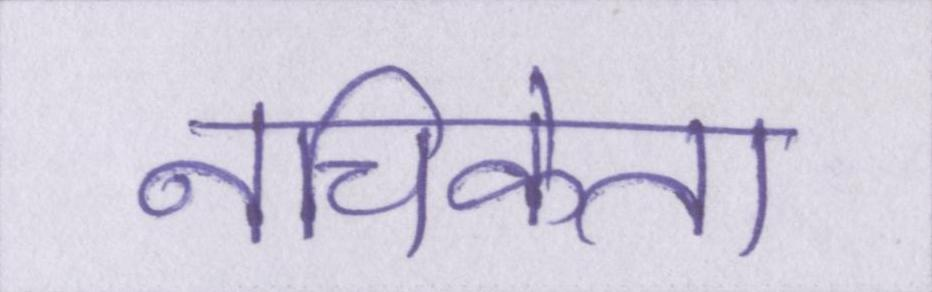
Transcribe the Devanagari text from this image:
नचिकेता